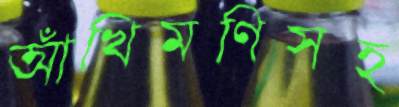
আঁখিমণিসহ